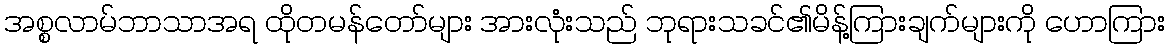
အစ္စလာမ်ဘာသာအရ ထိုတမန်တော်များ အားလုံးသည် ဘုရားသခင်၏မိန့်ကြားချက်များကို ဟောကြား